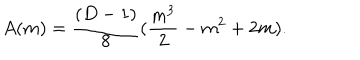
LaTeX: A ( m ) = \frac { ( D - 1 ) } { 8 } ( \frac { m ^ { 3 } } { 2 } - m ^ { 2 } + 2 m ) .